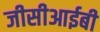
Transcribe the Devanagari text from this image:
जीसीआईबी